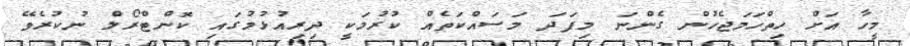
މީހާ އަށް ހިތްހަމަޖެހުން ގެންނަ މިފަދަ މަސައްކަތެއް ކުރުމަކީ ދިރިއުޅުމުގައި ކޮންޓްރޯލް ނުކުރެވޭ